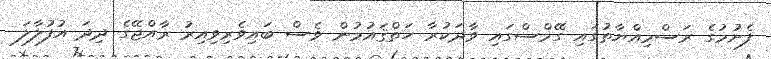
ފެށުމުގެ ރަސްމިއްޔާތުގައި ގޭމްސްގައި ވާދަކުރާ ހަތްޤައުމުން ވެސް ބައިވެރިވިއިރު ރާއްޖޭގެ ދިދަ އުފުލާލަ